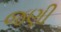
જણી